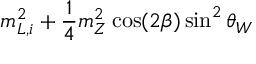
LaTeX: m _ { L , i } ^ { 2 } + \frac { 1 } { 4 } m _ { Z } ^ { 2 } \cos ( 2 \beta ) \sin ^ { 2 } \theta _ { W }